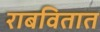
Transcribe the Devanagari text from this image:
राबवितात